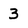
Character: 3